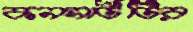
কনসার্টটির